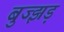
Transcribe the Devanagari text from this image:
बुज्झड़